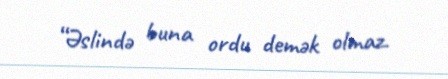
“Əslində buna ordu demək olmaz.